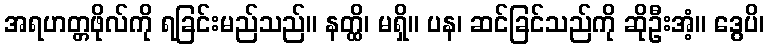
အရဟတ္တဖိုလ်ကို ရခြင်းမည်သည်။ နတ္ထိ၊ မရှိ။ ပန၊ ဆင်ခြင်သည်ကို ဆိုဦးအံ့။ ဒွေပိ၊